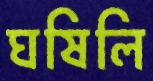
ঘষিলি